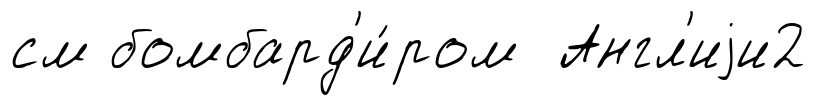
см бомбард'и́ром Англ'иjи2